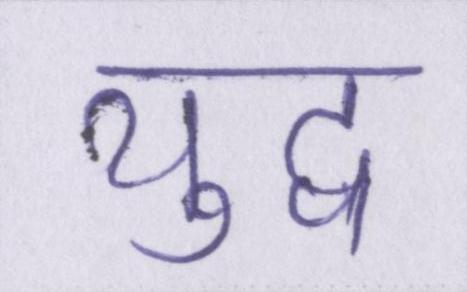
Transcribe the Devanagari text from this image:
युद्व